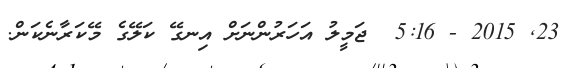
23